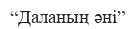
“Даланың әні”